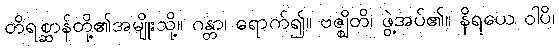
တိရစ္ဆာန်တို့၏အမျိုးသို့။ ဂန္တာ၊ ရောက်၍။ ဗဇ္ဈိတိ၊ ဖွဲ့အပ်၏။ နိရယေ ဝါပိ၊